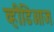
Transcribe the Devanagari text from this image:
व्हीडिओज